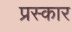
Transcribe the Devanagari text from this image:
प्रस्कार